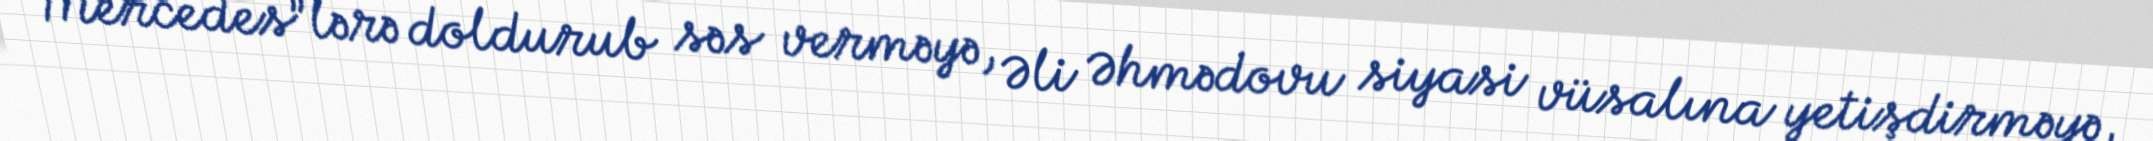
“Mercedes”lərə doldurub səs verməyə, Əli Əhmədovu siyasi vüsalına yetişdirməyə,